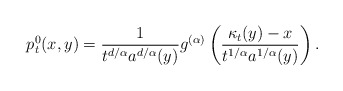
\begin{align*}p_t^0(x,y)= \frac{1}{t^{d/\alpha}a^{d/\alpha}(y)}g^{(\alpha)}\left({\kappa_t(y)-x\over t^{1/\alpha}a^{1/\alpha}(y)}\right).\end{align*}